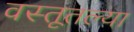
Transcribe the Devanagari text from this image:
वस्तूतल्या